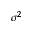
\sigma ^ { 2 }